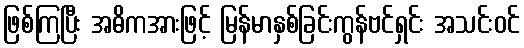
ဖြစ်ကြပြီး အဓိကအားဖြင့် မြန်မာနှစ်ခြင်းကွန်ဗင်ရှင်း အသင်းဝင်